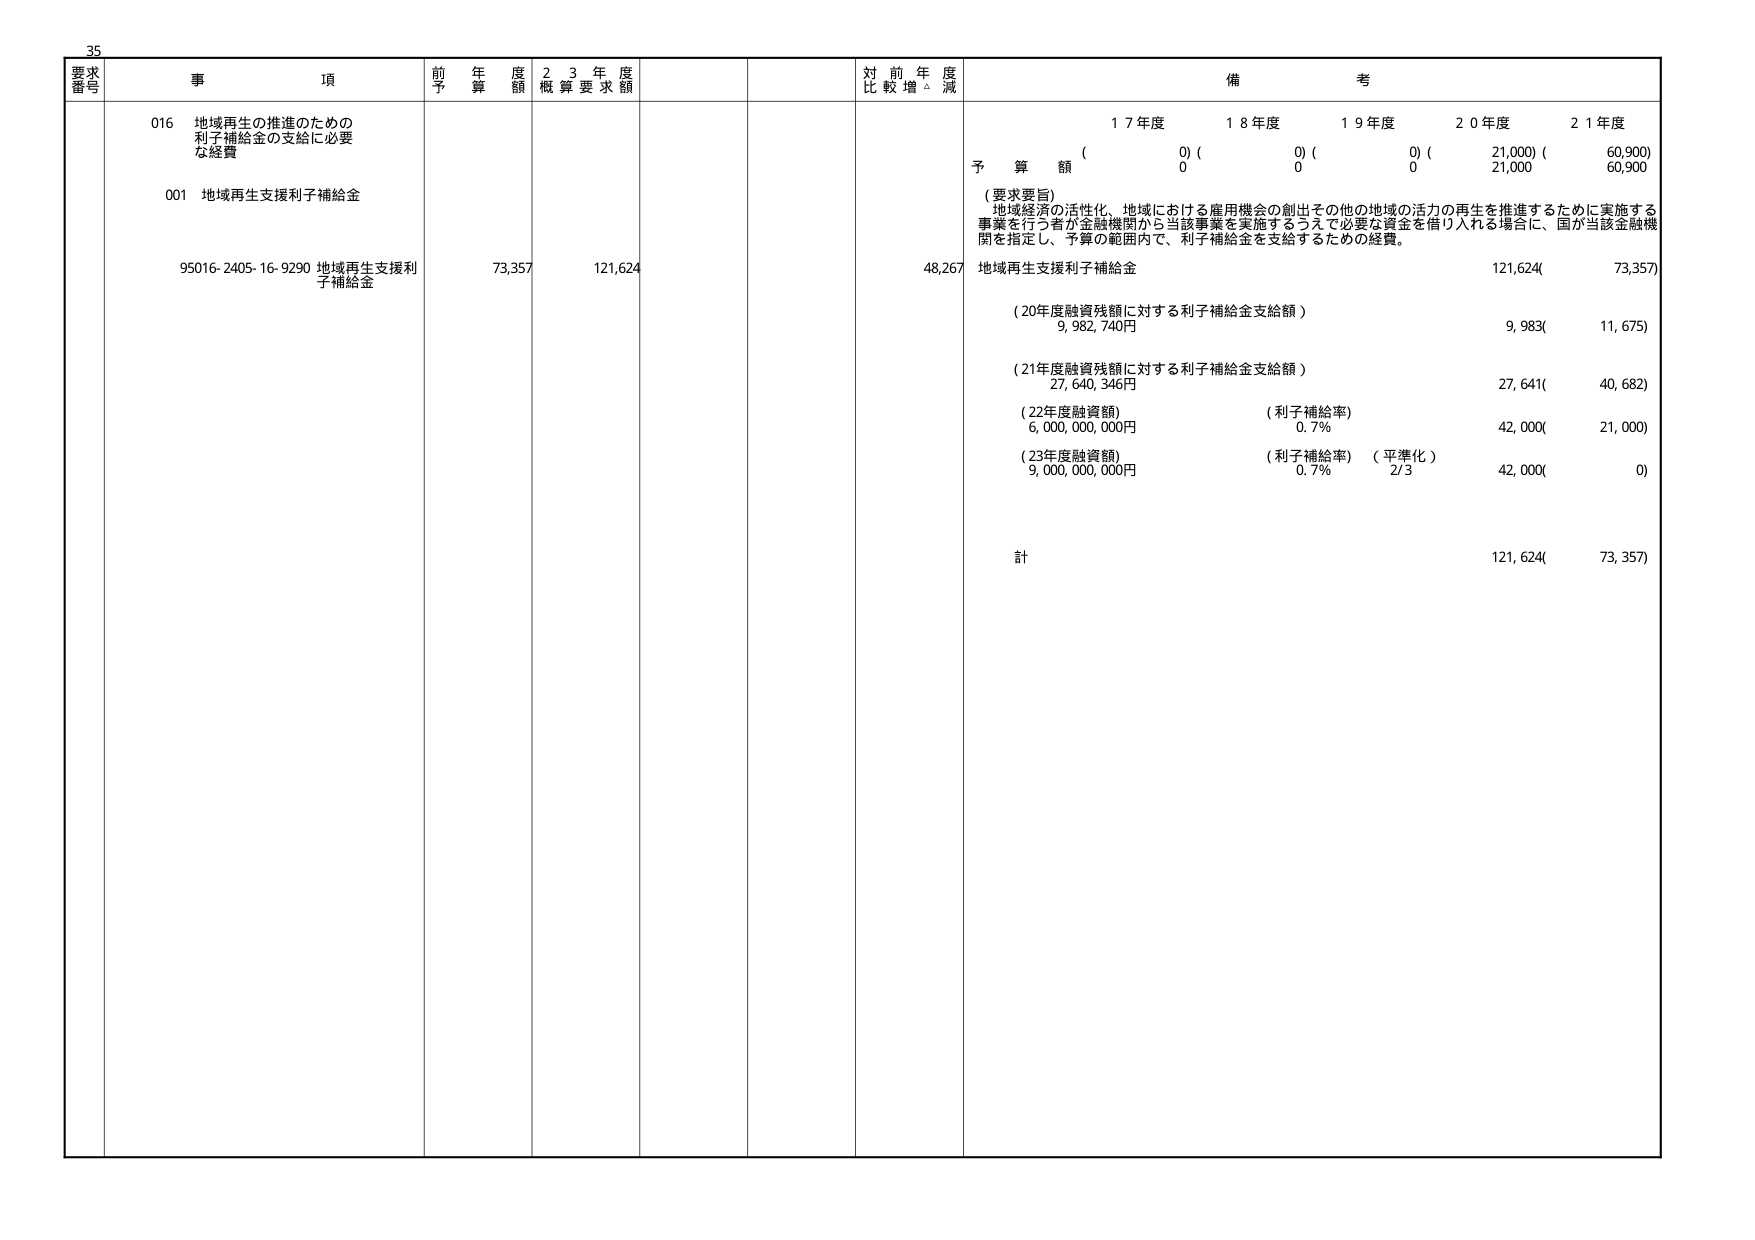
35
要求番号 事項 前年度予算額 23年度概算要求額 対前年度比較増減 備考
016 地域再生の推進のための利子補給金の支給に必要な経費
001 地域再生支援利子補給金
95016-2405-16-9290 地域再生支援利子補給金 73,357 121,624 48,267
17年度 18年度 19年度 20年度 21年度
( 0) ( 0) ( 0) ( 21,000) ( 60,900)
予算額 0 0 0 21,000 60,900
（要求要旨）
地域経済の活性化、地域における雇用機会の創出その他の地域の活力の再生を推進するために実施する事業を行う者が金融機関から当該事業を実施するうえで必要な資金を借り入れる場合に、国が当該金融機関を指定し、予算の範囲内で、利子補給金を支給するための経費。
地域再生支援利子補給金 121,624( 73,357)
（20年度融資残額に対する利子補給金支給額） 9,982,740円 9,983( 11,675)
（21年度融資残額に対する利子補給金支給額） 27,640,346円 27,641( 40,682)
（22年度融資額） 6,000,000,000円 （利子補給率） 0.7% 42,000( 21,000)
（23年度融資額） 9,000,000,000円 （利子補給率） 0.7% （平準化） 2/3 42,000( 0)
計 121,624( 73,357)